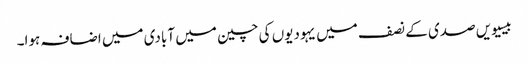
بیسیویں صدی کے نصف میں یہودیوں‌ کی چین میں آبادی میں اضافہ ہوا۔